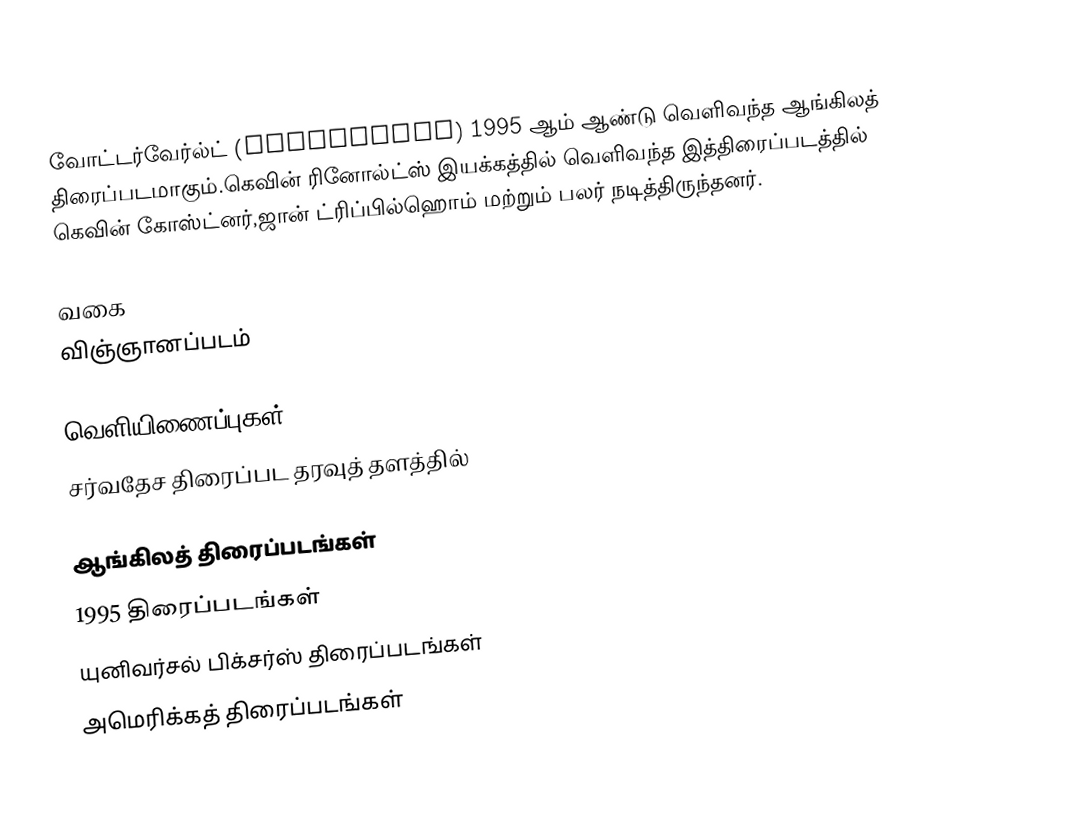
வோட்டர்வேர்ல்ட் (Waterworld) 1995 ஆம் ஆண்டு வெளிவந்த ஆங்கிலத் திரைப்படமாகும்.கெவின் ரினோல்ட்ஸ் இயக்கத்தில் வெளிவந்த இத்திரைப்படத்தில் கெவின் கோஸ்ட்னர்,ஜான் ட்ரிப்பில்ஹொம் மற்றும் பலர் நடித்திருந்தனர்.

வகை
விஞ்ஞானப்படம்

வெளியிணைப்புகள்
சர்வதேச திரைப்பட தரவுத் தளத்தில்

ஆங்கிலத் திரைப்படங்கள்
1995 திரைப்படங்கள்
யுனிவர்சல் பிக்சர்ஸ் திரைப்படங்கள்
அமெரிக்கத் திரைப்படங்கள்